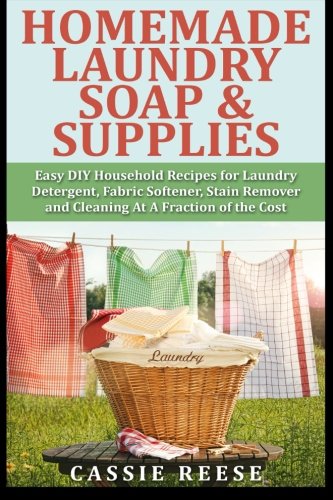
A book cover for Homemade Laundry Soap & Supplies: Easy DIY Household Recipes for Laundry Detergent, Fabric Softener, Stain Remover and Cleaning At A Fraction of the Cost; Cassie Reese; Crafts, Hobbies & Home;